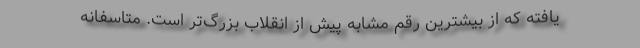
یافته که از بیشترین رقم مشابه پیش از انقلاب بزرگ‌تر است. متاسفانه